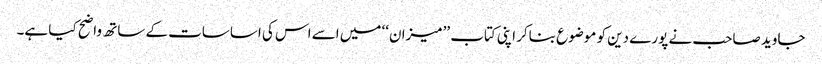
جاوید صاحب نے پورے دین کو موضوع بناکر اپنی کتاب ’’میزان‘‘ میں اسے اس کی اساسات کے ساتھ واضح کیا ہے۔